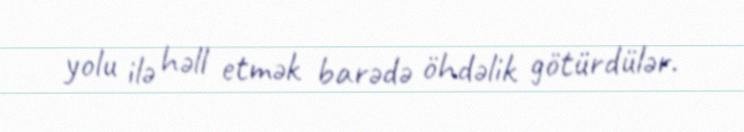
yolu ilə həll etmək barədə öhdəlik götürdülər.